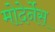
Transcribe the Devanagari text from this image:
मोदेर्नेस